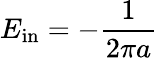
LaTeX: E_{\mathrm{in}}=-\frac{1}{2\pi a}